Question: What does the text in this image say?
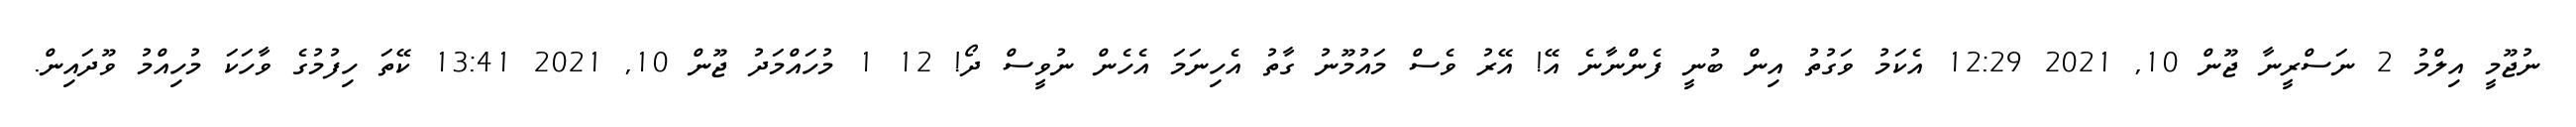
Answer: ނުޖޫމީ އިލްމު 2 ނަސްރީނާ ޖޫން 10, 2021 12:29 އެކަމު ވަގުތު އިން ބުނީ ފެންނާނެ އޭ! އޭރު ވެސް މައުމޫނު ގާތު އެހިނަމަ އެހެން ނުވީސް ދޯ! 12 1 މުހައްމަދު ޖޫން 10, 2021 13:41 ކޭތަ ހިފުމުގެ ވާހަކަ މުހިއްމު ވޫދައިން.